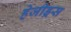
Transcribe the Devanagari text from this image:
हेजीड्रस